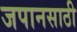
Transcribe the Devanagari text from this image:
जपानसाठी